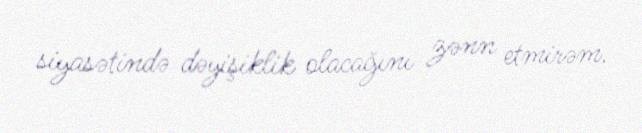
siyasətində dəyişiklik olacağını zənn etmirəm.